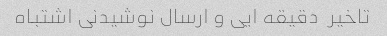
تاخیر  دقیقه ایی و ارسال نوشیدنی اشتباه